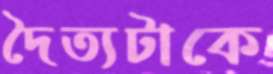
দৈত্যটাকে